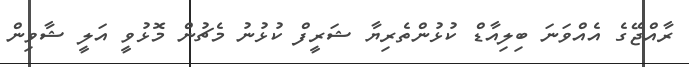
ރާއްޖޭގެ އެއްވަނަ ބިލިއާޑް ކުޅުންތެރިޔާ ޝަރީފް ކުޅުނު މެޗުން މޮޅުވީ އަލީ ޝާވިން